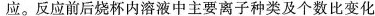
应。反应前后烧杯内溶液中主要离子种类及个数比变化